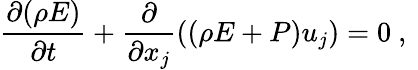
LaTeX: \frac{\partial(\rho E)}{\partial t}+\frac{\partial}{\partial x_{j}}((\rho E+P)u_{j})=0\mathrm{~,~}